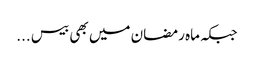
جبکہ ماہ رمضان میں بھی بیس ...